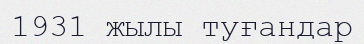
1931 жылы туғандар